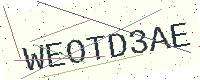
Text: WEOTD3AE